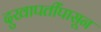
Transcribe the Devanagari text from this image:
दुखापतींपासून